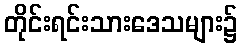
တိုင်းရင်းသားဒေသများ၌